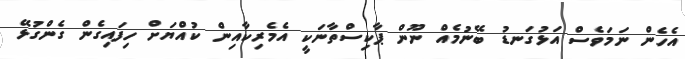
އެހެން ނަމަވެސް އަޅުގަނޑު ބޭނުމެއް ނޫން ޕާކިސްތާނަކީ އެމެރިކާއިން ކުއްޔަށް ހިފައިގެން ގެންގުޅޭ